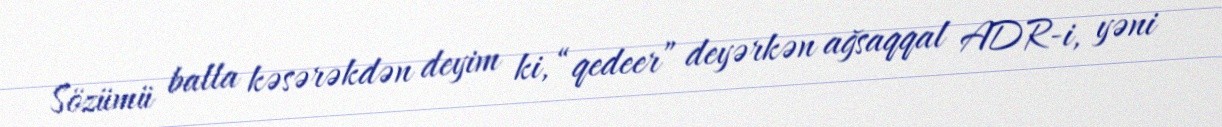
Sözümü balla kəsərəkdən deyim ki, “qedeer” deyərkən ağsaqqal ADR-i, yəni